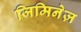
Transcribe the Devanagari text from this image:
जिमिनेज़